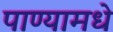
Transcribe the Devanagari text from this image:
पाण्यामधे